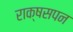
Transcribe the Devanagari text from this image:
राक्षसपन